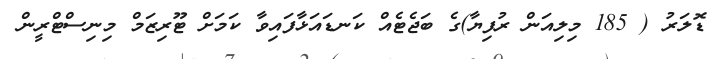
ޑޮލަރު ( 185 މިލިއަން ރުފިޔާ)ގެ ބަޖެޓެއް ކަނޑައަޅާފައިވާ ކަމަށް ޓޫރިޒަމް މިނިސްޓްރީން